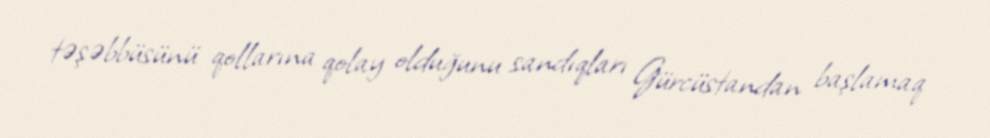
təşəbbüsünü qollarına qolay olduğunu sandıqları Gürcüstandan başlamaq